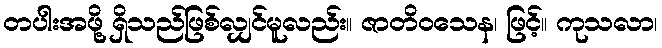
တပါးအဖို့ ရှိသည်ဖြစ်လျှင်မူလည်း။ ဇာတိဝသေန၊ ဖြင့်။ ကုသလာ၊